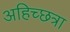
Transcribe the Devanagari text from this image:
अहिच्छत्रा